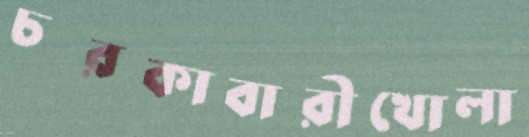
চরকাবারীখোলা